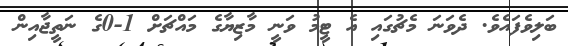
ބަލިވެފައެވެ. ދެވަނަ މެޗުގައި އެ ޓީމު ވަނީ މާޒިޔާގެ މައްޗަށް 1-0ގެ ނަތީޖާއިން